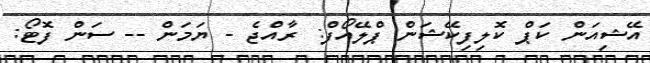
އޭޝިއަން ކަޕް ކޮލިފިކޭޝަން ޕްލޭއޯފް: ރާއްޖެ - ޔަމަން -- ސަން ފޮޓޯ: